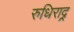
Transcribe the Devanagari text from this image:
रुधिराद्र्र